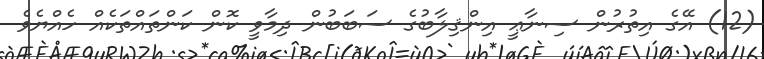
(12) އޭގެ އިތުރުން ސިނާޢީ އިންޤިލާބުގެ ސަބަބުން ދިމާވީ ކޮން ކަންތައްތަކެއް ހެއްޔެވެ